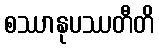
စဿာနုပဿတီတိ